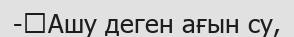
-	Ашу деген ағын су,